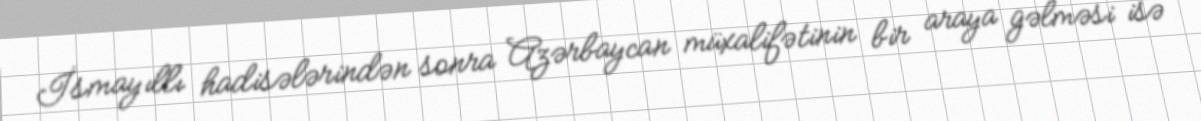
İsmayıllı hadisələrindən sonra Azərbaycan müxalifətinin bir araya gəlməsi isə